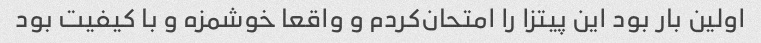
اولین بار بود این پیتزا را امتحان‌کردم و واقعا خوشمزه و با کیفیت بود